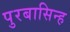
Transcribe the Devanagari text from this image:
पुरबासिन्ह